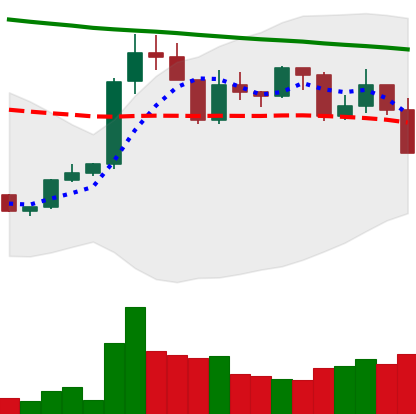
Ticker: XRP-USD
Chart end date: 2022-02-21
Forward return: 6.753%
Label: up_5_7